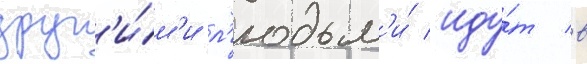
друг'и́м'и л'юдьм'и́ иду́т в